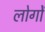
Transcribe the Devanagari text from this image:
लोगोें